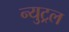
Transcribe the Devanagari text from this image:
न्युट्रल